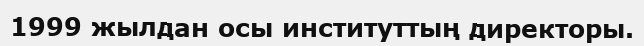
1999 жылдан осы институттың директоры.